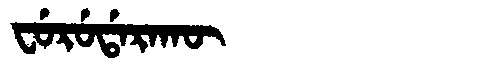
Manchu: ᠸᡠᡵᡠᡩᠠᡵᠠᡴᡡ
Romanization: FURUDARAKŪ